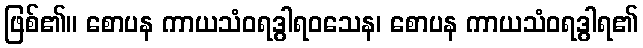
ဖြစ်၏။ စောပန ကာယသံဝရဒွါရဝသေန၊ စောပန ကာယသံဝရဒွါရ၏